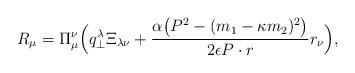
LaTeX: \begin{align*}R_\mu = \Pi _\mu ^\nu \Bigl( q_\bot^\lambda \Xi_{\lambda \nu} +\frac{\alpha \bigl(P^2 - (m_1 - \kappa m_2)^2\bigr)}{2\epsilon P\cdot r}r_\nu \Bigr) ,\end{align*}